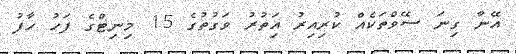
އޭނާ ގިނަ ސޭވްތަކެއް ކުރިއިރު އަިތުރު ވަގުތުގެ 15 މިނިޓްގެ ފަހު ހާފު